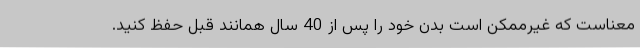
معناست که غیرممکن است بدن خود را پس از 40 سال همانند قبل حفظ کنید.